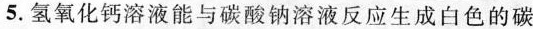
5.氢氧化钙溶液能与碳酸钠溶液反应生成白色的碳